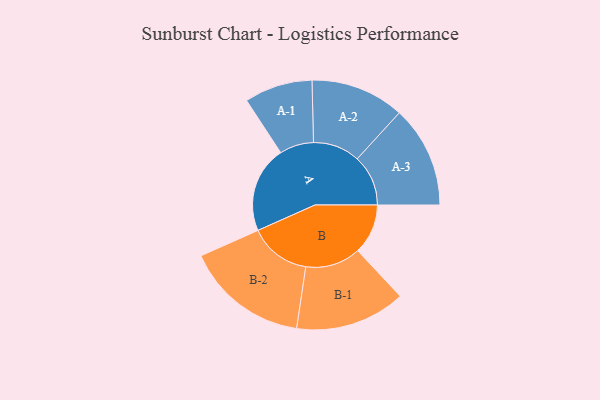
{"axis": {"x": "Segment", "y": "Value"}, "legend": ["", "A", "B"], "data": [{"x": "A", "y": 365, "type": ""}, {"x": "B", "y": 212, "type": ""}, {"x": "A-1", "y": 144, "type": "A"}, {"x": "A-2", "y": 198, "type": "A"}, {"x": "A-3", "y": 215, "type": "A"}, {"x": "B-1", "y": 233, "type": "B"}, {"x": "B-2", "y": 260, "type": "B"}]}